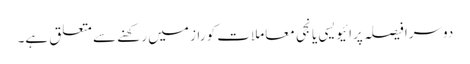
دوسرا فیصلہ پرائیویسی یا نجی معاملات کو راز میں رکھنے سے متعلق ہے۔